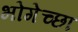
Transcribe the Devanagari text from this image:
भोगेच्छा